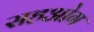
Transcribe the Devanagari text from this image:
सहओग